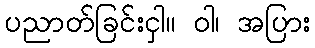
ပညာတ်ခြင်းငှါ။ ဝါ၊ အပြား